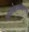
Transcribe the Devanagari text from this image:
अग्रलेखाबद्दलचा